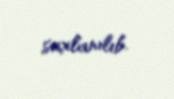
saxlanılıb.